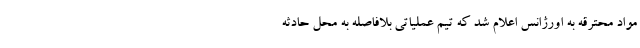
مواد محترقه به اورژانس اعلام شد که تیم عملیاتی بلافاصله به محل حادثه